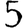
Digit: 5